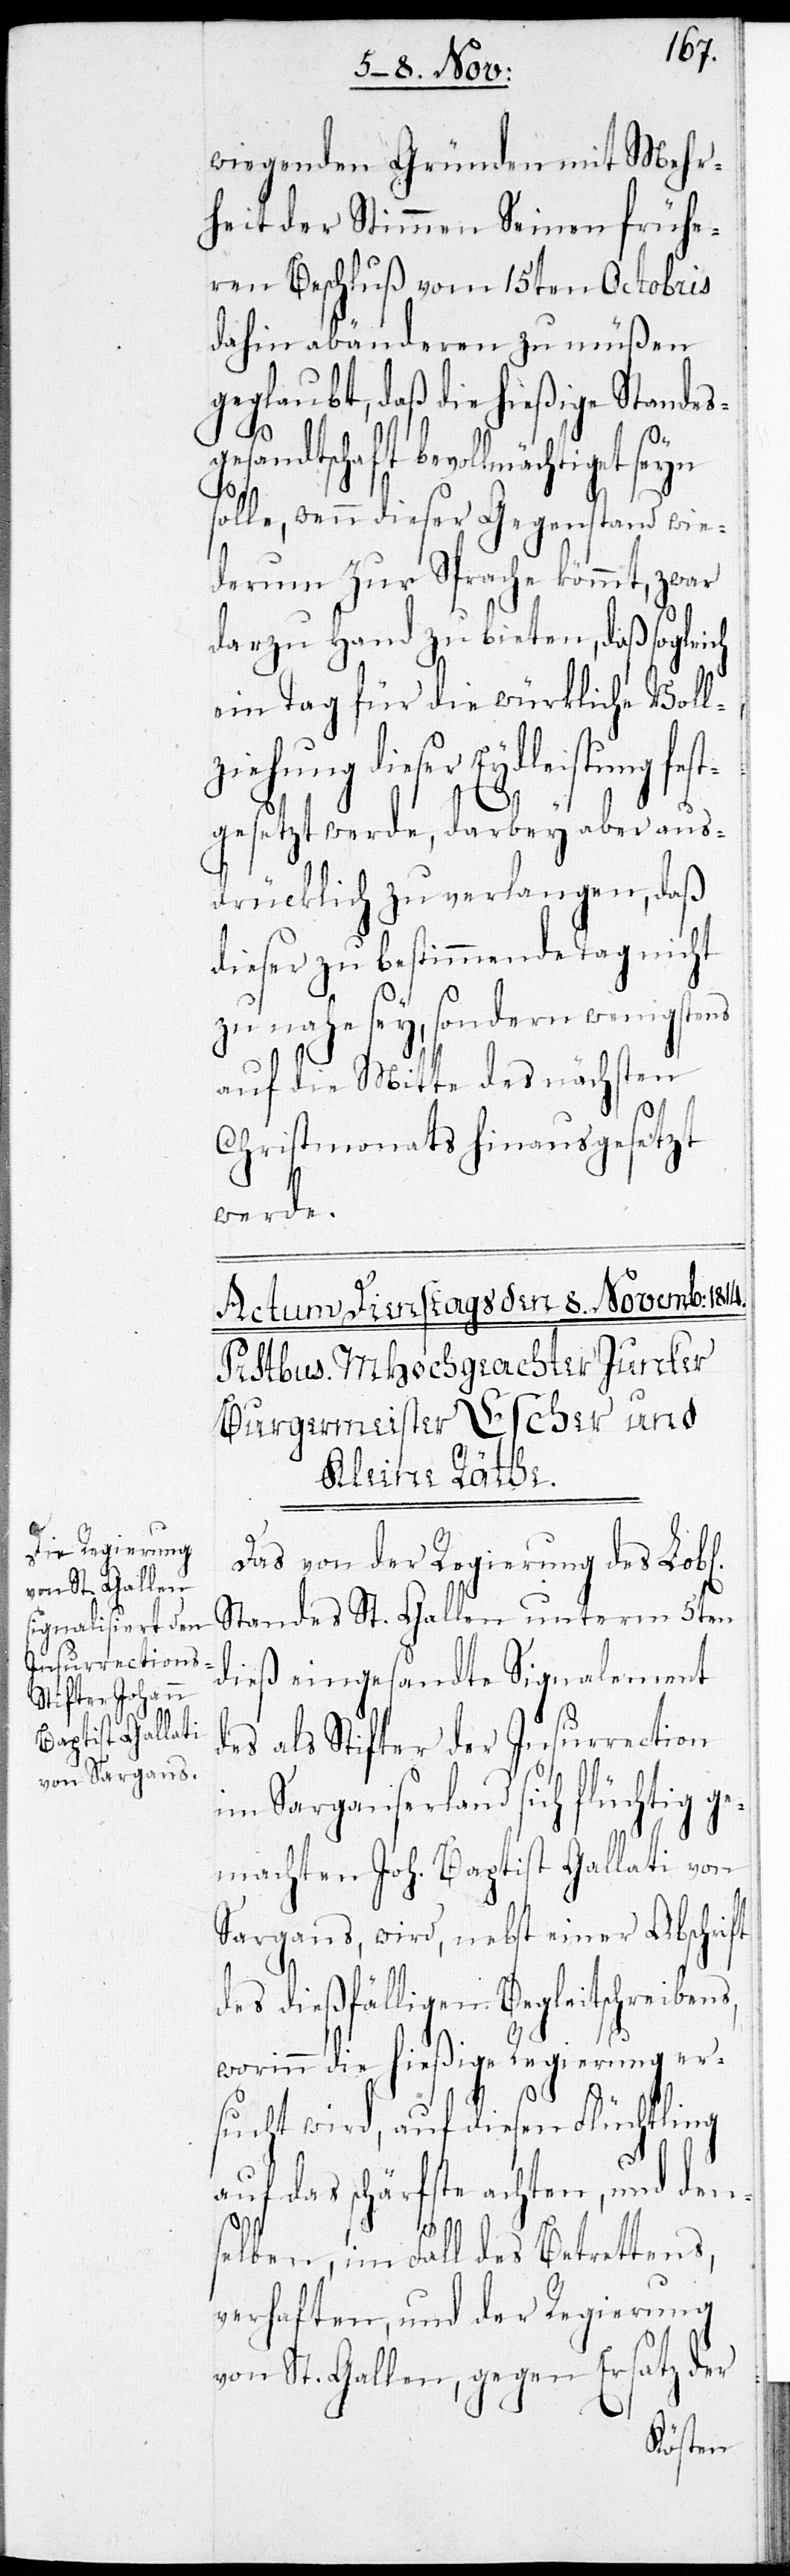
wiegenden Gründen mit Mehr¬
heit der Stimmen seinen frühe¬
ren Beschluß vom 15ten Octobris
dahin abänderen zu müßen
geglaubt, daß die hießige Standes¬
gesandtschaft bevollmächtiget
solle, wenn dieser Gegenstand wie¬
derum zur Sprache kommt, zwar
darzu Hand zu bieten, daß sogleich
ein Tag für die würkliche Voll¬
ziehung dieser Eydleistung fest¬
gesetzt werde, darbey aber aus¬
drücklich zu verlangen, daß
dieser zu bestimmende Tag nicht
zu nahe sey, sondern wenigstens
auf die Mitte des nächsten
Christmonats hinausgesetzt
werde.
Das von der Regierung des Lobl.
Standes St. Gallen unterm 5ten
dieß eingesandte Signalement
des als Stifter der Insurraction
im Sarganserland sich flüchtig ge¬
machten Joh. Baptist Gallati von
Sargans, wird, nebst einer Abschrift
des dießfälligen Begleitschreibens,
worinn die hießige Regierung er¬
sucht wird, auf diesen Flüchtling
auf das schärfste achten, und den¬
selben, im Falle des Betrettens
verhaften, und der Regierung
von St. Gallen, gegen Ersatz der